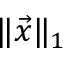
\| { \vec { x } } \| _ { 1 }